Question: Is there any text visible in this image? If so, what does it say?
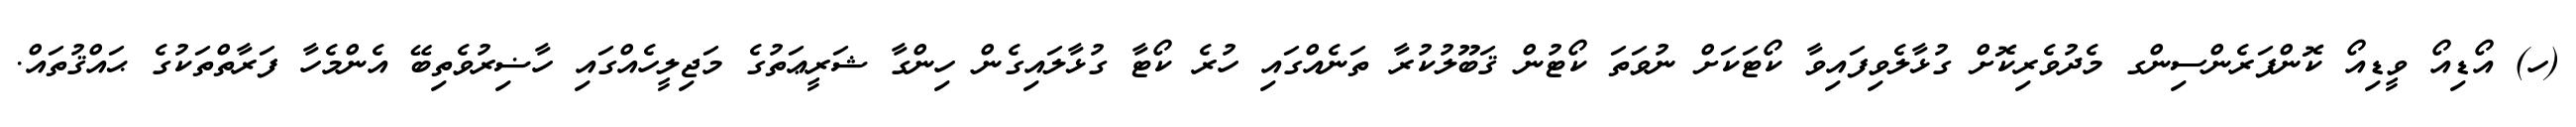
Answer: (ހ) އޯޑިއޯ ވީޑިއޯ ކޮންފަރެންސިންގ މެދުވެރިކޮށް ގުޅާލެވިފައިވާ ކޯޓަކަށް ނުވަތަ ކޯޓުން ޤަބޫލުކުރާ ތަނެއްގައި ހުރެ ކޯޓާ ގުޅާލައިގެން ހިންގާ ޝަރީޢަތުގެ މަޖިލީހެއްގައި ހާޟިރުވެތިބޭ އެންމެހާ ފަރާތްތަކުގެ ޙައްޤުތައް.